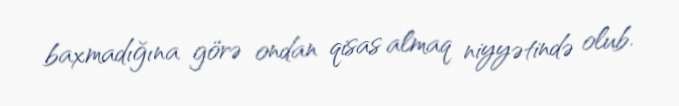
baxmadığına görə ondan qisas almaq niyyətində olub.